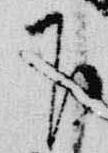
下